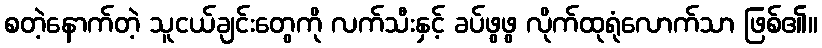
စတဲ့နောက်တဲ့ သူငယ်ချင်းတွေကို လက်သီးနှင့် ခပ်ဖွဖွ လိုက်ထုရုံလောက်သာ ဖြစ်၏။